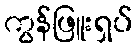
ကွန်ဖြူးရှပ်